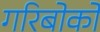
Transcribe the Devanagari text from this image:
गरिबोको